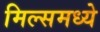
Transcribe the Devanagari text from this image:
मिल्समध्ये